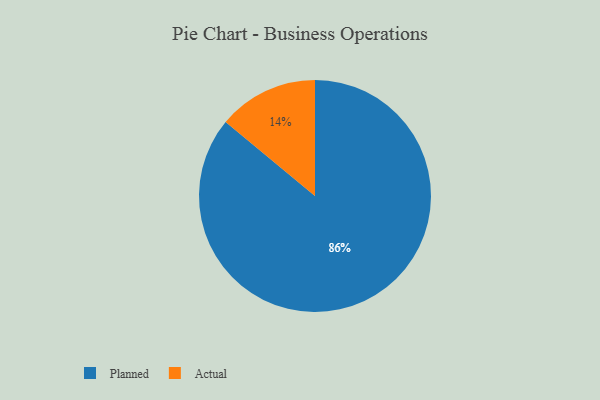
{"axis": {"x": "Category", "y": "Percentage"}, "legend": ["Actual", "Planned"], "data": [{"x": "Actual", "y": 14, "type": "Actual"}, {"x": "Planned", "y": 86, "type": "Planned"}]}